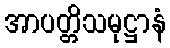
အာပတ္တိသမုဋ္ဌာနံ